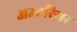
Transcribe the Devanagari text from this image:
अउटरिगर